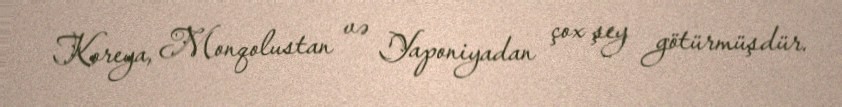
Koreya, Monqolustan və Yaponiyadan çox şey götürmüşdür.